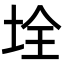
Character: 𡋄